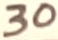
Text: 30